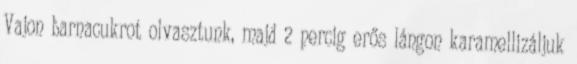
Vajon barnacukrot olvasztunk, majd 2 percig erős lángon karamellizáljuk